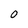
Character: o